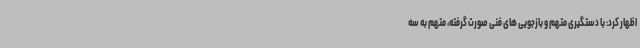
اظهار کرد: با دستگیری متهم و بازجویی های فنی صورت گرفته، متهم به سه